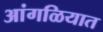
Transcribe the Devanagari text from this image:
आंगळियात